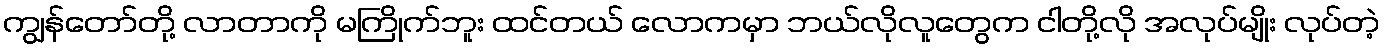
ကျွန်တော်တို့ လာတာကို မကြိုက်ဘူး ထင်တယ် လောကမှာ ဘယ်လိုလူတွေက ငါတို့လို အလုပ်မျိုး လုပ်တဲ့